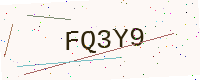
Text: FQ3Y9